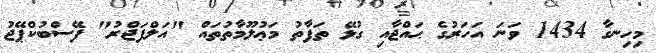
މިހިނގާ 1434 ވަނަ އަހަރުގެ ޙައްޖާއި ގުޅޭ ތަފާތު މަޢުލޫމާތުތައް "އަލްފަޖްރު" ފޭސްބުކްޕޭޖު